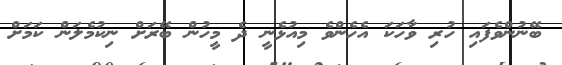
ބޭނުންވެފައި ހުރި ވާހަކަ އެހެންވެ މިއުޅެނީ ދެ މީހުން ބޭރަށް ނިކުމެލަން ކަމަށް